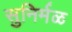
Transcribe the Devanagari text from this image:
सुनिर्मळ